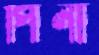
পিনা